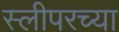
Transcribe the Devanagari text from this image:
स्लीपरच्या